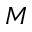
M